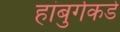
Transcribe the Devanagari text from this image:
हांबुर्गकडे